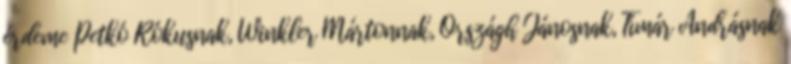
érdeme Petkó Rókusnak, Winkler Mártonnak, Országh Jánosnak, Tímár Andrásnak